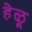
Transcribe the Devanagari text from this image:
हेळू